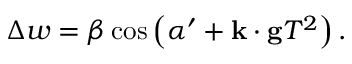
\Delta w = \beta \cos \left( \alpha ^ { \prime } + \mathbf { k } \cdot \mathbf { g } T ^ { 2 } \right) .